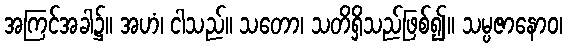
အကြင်အခါ၌။ အဟံ၊ ငါသည်။ သတော၊ သတိရှိသည်ဖြစ်၍။ သမ္ပဇာနောဝ၊